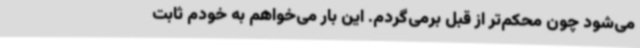
می‌شود چون محکم‌تر از قبل برمی‌گردم. این بار می‌خواهم به خودم ثابت